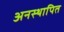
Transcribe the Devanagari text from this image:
अनस्थापित